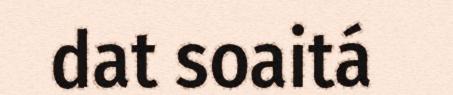
dat soaitá